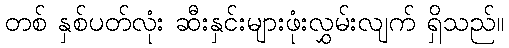
တစ် နှစ်ပတ်လုံး ဆီးနှင်းများဖုံးလွှမ်းလျက် ရှိသည်။